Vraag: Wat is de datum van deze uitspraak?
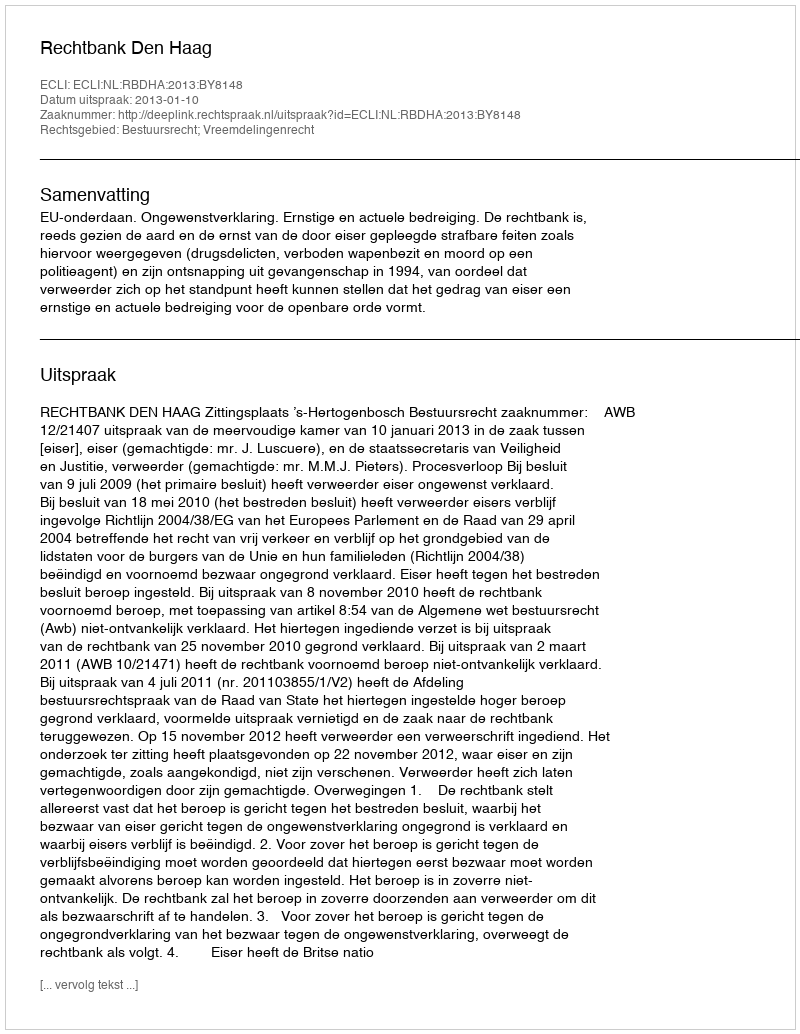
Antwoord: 2013-01-10